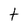
Character: t